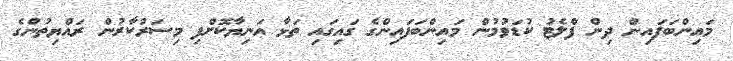
މައިންބަފައިން ދިން ފްލެޓު ކުޑަވުމުން މައިންބަފައިންގެ ގައިގައި ތަޅާ އަނިޔާކޮށްފި މިސަރުކާރުން ރައްޔިތުންގެ